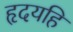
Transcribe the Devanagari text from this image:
हृदयहि